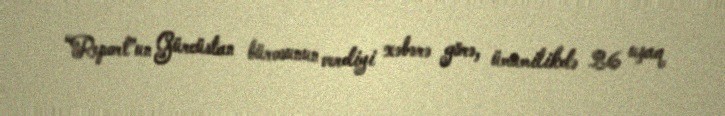
“Report”un Gürcüstan bürosunun verdiyi xəbərə görə, ümumilikdə 26 uşaq